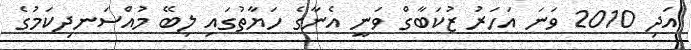
އަދި 2010 ވަނަ އަހަރު ޒުކަބާގް ވަނީ އެނާގެ ހަޔާތުގައި ލިބޭ މުއްސަނދިކަމުގެ